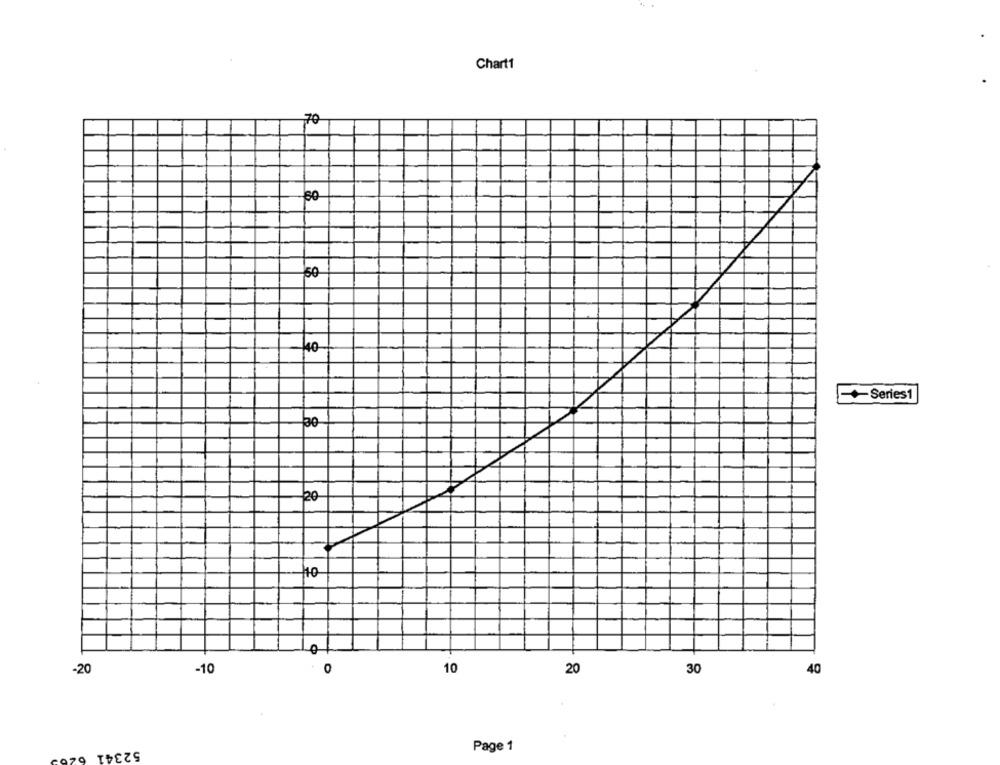
Chart1
,70
50
-40
-Series1
po
20
of
-20
-10
O
10
20
30
40
52341 620
Page 1